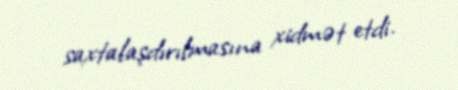
saxtalaşdırılmasına xidmət etdi.